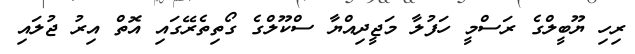
ރިހި ޔޫބީލްގެ ރަސްމީ ހަފުލާ މަޖީދިއްޔާ ސްކޫލްގެ ގޯތިތެރޭގައި އޮތް އިރު ޖުލައި